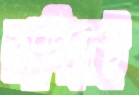
তাগিদেই